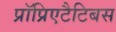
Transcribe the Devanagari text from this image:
प्रॉप्रिएटैटिबस